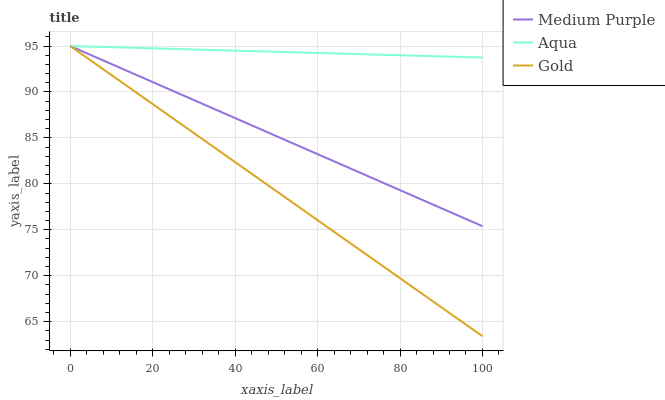
| xaxis_label | Medium Purple | Aqua | Gold |
 | --- | --- | --- | --- |
 | 0 | 95 | 95 | 95 |
 | 6.25 | 93.8 | 94.9 | 93 |
 | 12.5 | 92.5 | 94.8 | 91.1 |
 | 18.8 | 91.3 | 94.8 | 89.1 |
 | 25 | 90.1 | 94.7 | 87.1 |
 | 31.2 | 88.9 | 94.6 | 85.1 |
 | 37.5 | 87.6 | 94.5 | 83.2 |
 | 43.8 | 86.4 | 94.4 | 81.2 |
 | 50 | 85.2 | 94.4 | 79.2 |
 | 56.2 | 84 | 94.3 | 77.2 |
 | 62.5 | 82.7 | 94.2 | 75.3 |
 | 68.8 | 81.5 | 94.1 | 73.3 |
 | 75 | 80.3 | 94.1 | 71.3 |
 | 81.2 | 79.1 | 94 | 69.3 |
 | 87.5 | 77.8 | 93.9 | 67.4 |
 | 93.8 | 76.6 | 93.8 | 65.4 |
 | 100 | 75.4 | 93.7 | 63.4 |